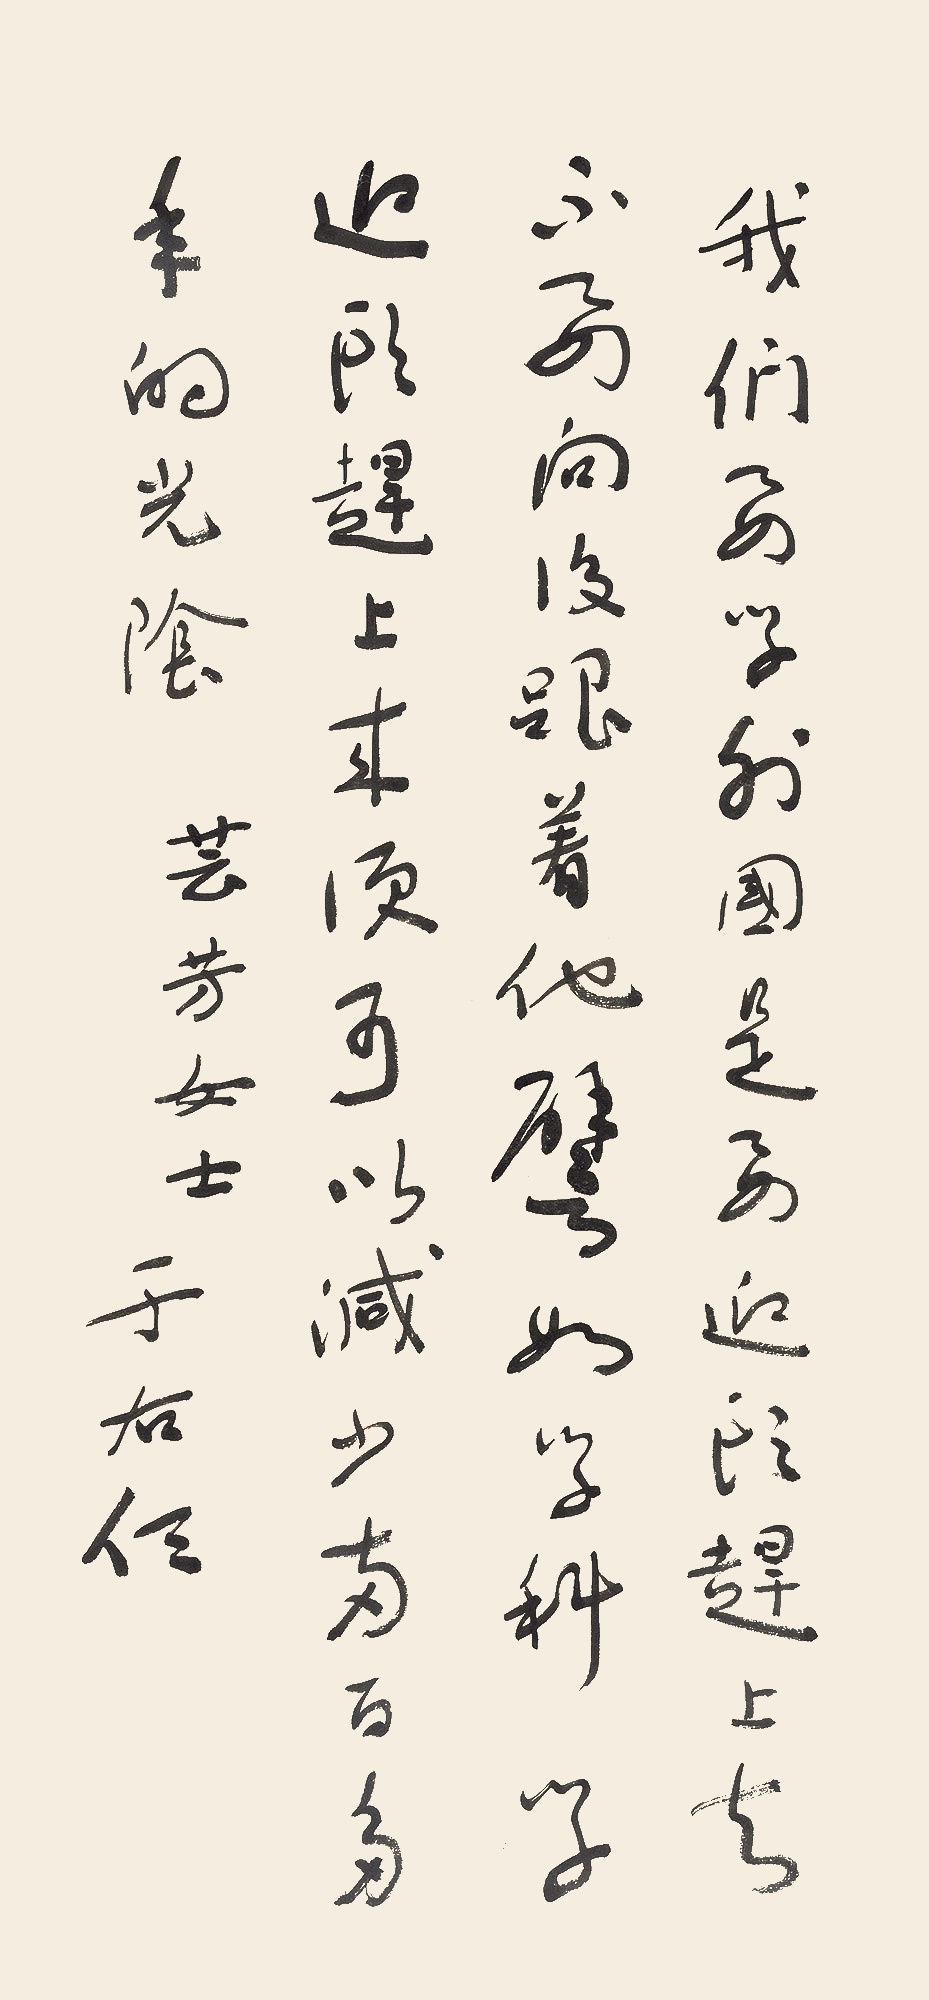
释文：我们要学外国，是要迎头赶上去，不要向后跟着他。譬如学科学，迎头赶上来，便可以减少两百多年的光阴。芸芳女士。于右任。